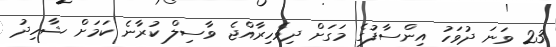
23 ވަނަ ދުވަހު އިންސާފުގެ މަގަށް ދިވެހިރާއްޖެ ވާސިލް ކުރާނެ ކަމަށް ޝާހިދު